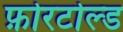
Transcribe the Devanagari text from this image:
फ़ोरटोल्ड